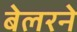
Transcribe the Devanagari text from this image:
बेलरने